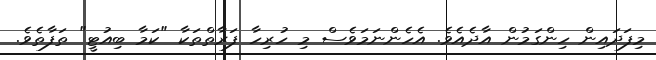
މިފަދައިން ހިންގަމުން އާދެއެވެ. އެހެންނަމަވެސް މި ހުރިހާ ފަރާތްތަކާ "ކަމާ ބިއުޓީ" ތަފާތެވެ.